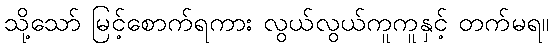
သို့သော် မြင့်စောက်ရကား လွယ်လွယ်ကူကူနှင့် တက်မရ။